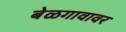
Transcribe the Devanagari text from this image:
बेळगावावर